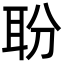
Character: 聁